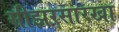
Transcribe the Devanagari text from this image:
सीझरसारखा